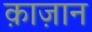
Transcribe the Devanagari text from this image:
क़ाज़ान